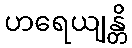
ဟရေယျန္တိ